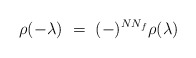
\begin{align*}\rho(-\lambda) ~=~ (-)^{N N_f} \rho(\lambda)\end{align*}